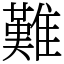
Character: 難